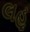
લહૂ